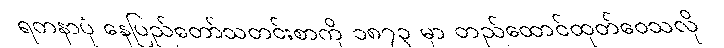
ရတနာပုံ နေပြည်တော်သတင်းစာကို ၁၈၇၃ မှာ တည်ထောင်ထုတ်ဝေသလို